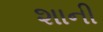
શાની